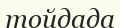
тойдада